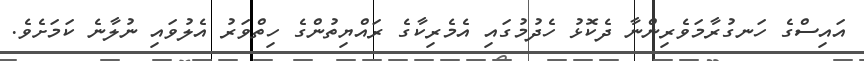
އައިސްގެ ހަނގުރާމަވެރިންނާ ދެކޮޅު ހެދުމުގައި އެމެރިކާގެ ރައްޔިތުންގެ ހިތްވަރު އެލުވައި ނުލާނެ ކަމަށެވެ.